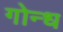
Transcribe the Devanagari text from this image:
गोन्ध